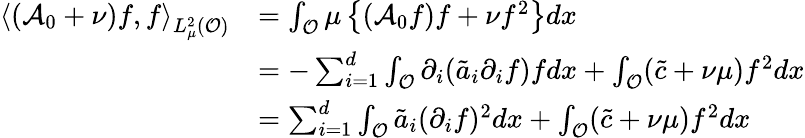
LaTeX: \begin{array}{rl}{\left<(\mathcal{A}_{0}+\nu)f,f\right>_{L_{\mu}^{2}(\mathcal{O})}}&{=\int_{\mathcal{O}}\mu\left\{ (\mathcal{A}_{0}f)f+\nu f^{2}\right\} dx}\\ &{=-\sum_{i=1}^{d}\int_{\mathcal{O}}\partial_{i}(\tilde{a}_{i}\partial_{i}f)fdx+\int_{\mathcal{O}}(\tilde{c}+\nu\mu)f^{2}dx}\\ &{=\sum_{i=1}^{d}\int_{\mathcal{O}}\tilde{a}_{i}(\partial_{i}f)^{2}dx+\int_{\mathcal{O}}(\tilde{c}+\nu\mu)f^{2}dx}\end{array}